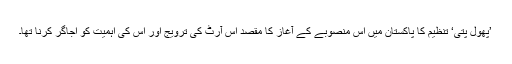
’پھول پتی‘ تنظیم کا پاکستان میں اس منصوبے کے آغاز کا مقصد اس آرٹ کی ترویج اور اس کی اہمیت کو اجاگر کرنا تھا۔